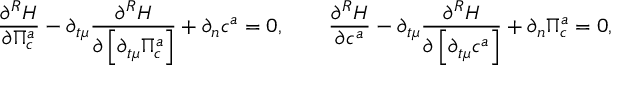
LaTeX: { \frac { \partial ^ { R } { \cal H } } { \partial \Pi _ { c } ^ { a } } } - \partial _ { t \mu } { \frac { \partial ^ { R } { \cal H } } { \partial \left[ { \partial _ { t \mu } \Pi _ { c } ^ { a } } \right] } } + \partial _ { n } c ^ { a } = 0 , \qquad { \frac { \partial ^ { R } { \cal H } } { \partial c ^ { a } } } - \partial _ { t \mu } { \frac { \partial ^ { R } { \cal H } } { \partial \left[ { \partial _ { t \mu } c ^ { a } } \right] } } + \partial _ { n } \Pi _ { c } ^ { a } = 0 ,